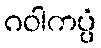
ဂဝါကပ္ပံ